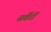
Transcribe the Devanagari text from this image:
सर्वेरों